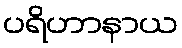
ပရိဟာနာယ